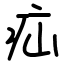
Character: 疝